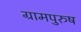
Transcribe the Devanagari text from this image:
ग्रामपुरुष